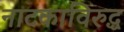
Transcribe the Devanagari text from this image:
नाटकाविरुद्ध